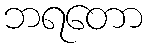
ဘရတော